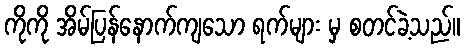
ကိုကို အိမ်ပြန်နောက်ကျသော ရက်များ မှ စတင်ခဲ့သည်။